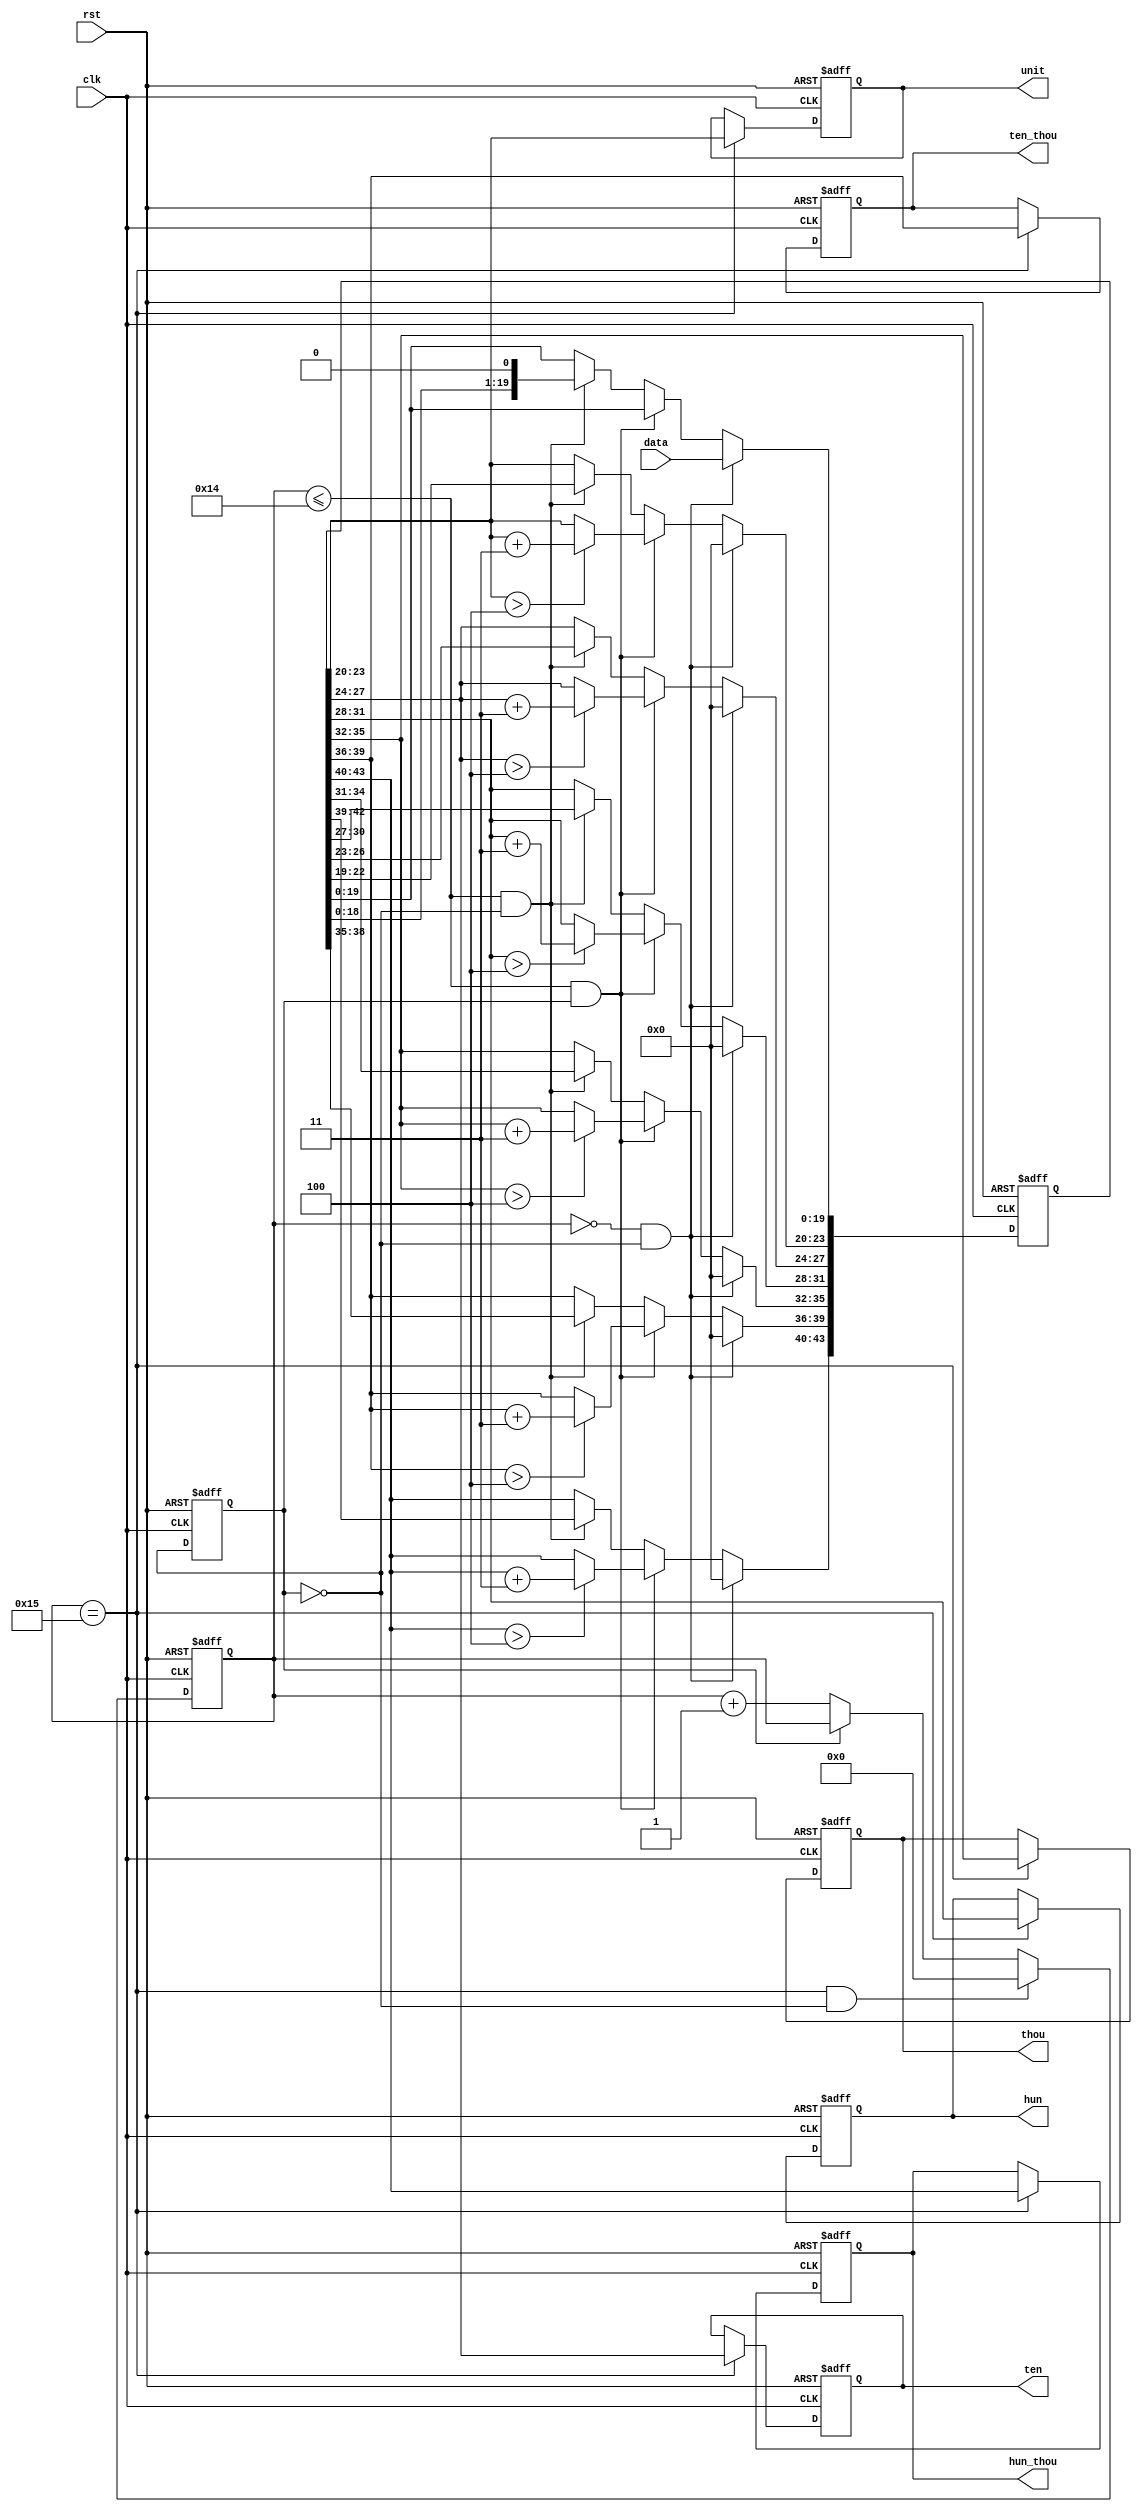
module bcd_8421 (clk, rst, data, unit, ten, hun, thou, ten_thou, hun_thou);
input clk, rst;
input [19:0] data;
output [3:0] unit, ten, hun, thou, ten_thou, hun_thou;

reg [5:0]  cnt_shift;
reg [43:0] data_shift; //62420data
reg        shift_sig;
reg [3:0]  unit, ten, hun, thou, ten_thou, hun_thou;


// 
always@(posedge clk or posedge rst)
if (rst)
cnt_shift <= 5'd0;
else if (cnt_shift == 5'd21 && shift_sig == 1'b0)
cnt_shift <= 5'd0;
else if (shift_sig == 1'b0)
cnt_shift <= cnt_shift +1'b1;
else 
cnt_shift <= cnt_shift;



always@(posedge clk or posedge rst)
if (rst)
data_shift <= 44'b0;

else if (cnt_shift == 5'd0 && shift_sig == 1'b0)
data_shift <= {24'd0, data};

else if ((cnt_shift <= 5'd20) && (shift_sig == 1'b1))
begin
data_shift[23:20] <= (data_shift[23:20] > 4'b0100)?(data_shift[23:20] + 4'b0011):(data_shift[23:20]);

data_shift[27:24] <= (data_shift[27:24] > 4'b0100)?(data_shift[27:24] + 4'b0011):(data_shift[27:24]);

data_shift[31:28] <= (data_shift[31:28] > 4'b0100)?(data_shift[31:28] + 4'b0011):(data_shift[31:28]);

data_shift[35:32] <= (data_shift[35:32] > 4'b0100)?(data_shift[35:32] + 4'b0011):(data_shift[35:32]);

data_shift[39:36] <= (data_shift[39:36] > 4'b0100)?(data_shift[39:36] + 4'b0011):(data_shift[39:36]);

data_shift[43:40] <= (data_shift[43:40] > 4'b0100)?(data_shift[43:40] + 4'b0011):(data_shift[43:40]);
end

else if ((cnt_shift <= 5'd20) && (shift_sig == 1'b0))
data_shift <= data_shift << 1;
else 
data_shift <= data_shift;




always@(posedge clk or posedge rst)
if(rst == 1'b1)
shift_sig <= 1'b1;
else 
shift_sig <= ~shift_sig;



always@(posedge clk or posedge rst)
if(rst)
begin
unit <= 4'd0;
ten  <= 4'd0;
hun  <= 4'd0;
thou <= 4'd0;
ten_thou <= 4'd0;
hun_thou <= 4'd0;
end
else if (cnt_shift == 5'd21)
begin
 unit  <= data_shift[23:20];
 ten   <= data_shift[27:24];
 hun   <= data_shift[31:28];
 thou  <= data_shift[35:32];
 ten_thou <= data_shift[39:36];
 hun_thou <= data_shift[43:40];
 end
 
 endmodule